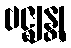
ဗဇ္ဈန္တု